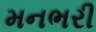
મનભરી